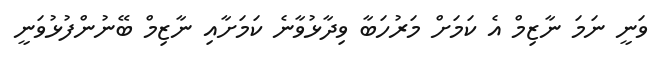
ވަނީ ނަމަ ނާޒިމް އެ ކަމަށް މަރުހަބާ ވިދާޅުވާނެ ކަމަށާއި ނާޒިމް ބޭނުންފުޅުވަނީ